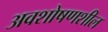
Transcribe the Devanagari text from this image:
अवशोषणशील